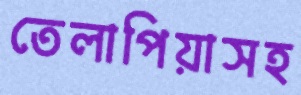
তেলাপিয়াসহ